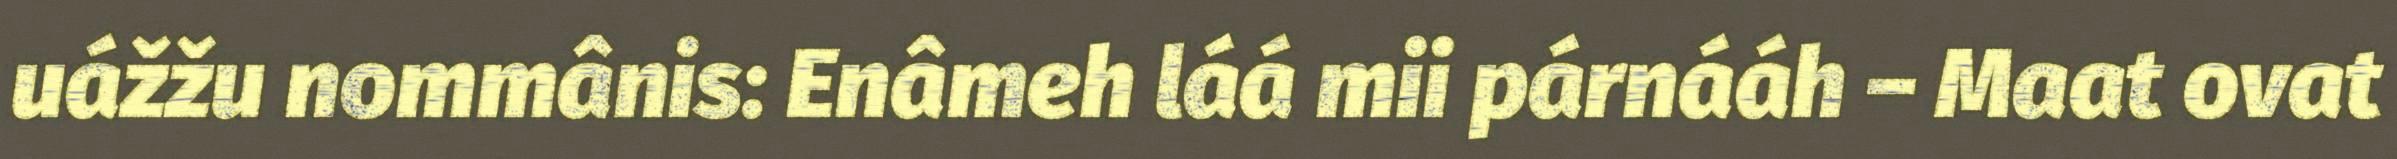
uážžu nommânis: Enâmeh láá mii párnááh – Maat ovat